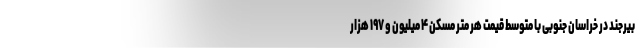
بیرجند در خراسان جنوبی با متوسط قیمت هر متر مسکن ۴ میلیون و ۱۹۷ هزار